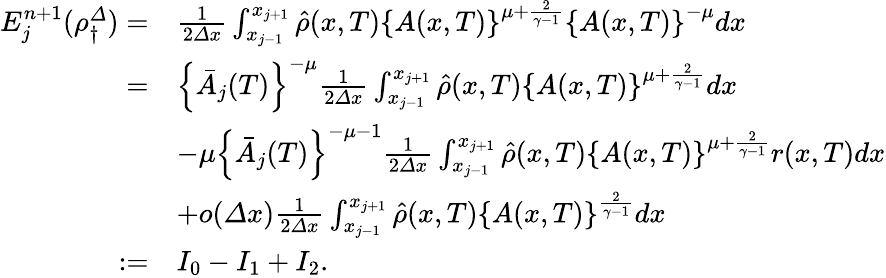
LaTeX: \begin{array}{rl}{E_{j}^{n+1}(\rho_{\dagger}^{\varDelta})=}&{\frac 1{2{\varDelta}x}\int_{x_{j-1}}^{x_{j+1}}\hat{\rho}(x,T)\left\{ A(x,T)\right\} ^{\mu+\frac{2}{\gamma-1}}\left\{ A(x,T)\right\} ^{-\mu}dx}\\ {=}&{\left\{ \bar{A}_{j}(T)\right\} ^{-\mu}\frac 1{2{\varDelta}x}\int_{x_{j-1}}^{x_{j+1}}\hat{\rho}(x,T)\left\{ A(x,T)\right\} ^{\mu+\frac{2}{\gamma-1}}dx}\\ &{-\mu\left\{ \bar{A}_{j}(T)\right\} ^{-\mu-1}\frac 1{2{\varDelta}x}\int_{x_{j-1}}^{x_{j+1}}\hat{\rho}(x,T)\left\{ A(x,T)\right\} ^{\mu+\frac{2}{\gamma-1}}r(x,T)dx}\\ &{+o({\varDelta}x)\frac 1{2{\varDelta}x}\int_{x_{j-1}}^{x_{j+1}}\hat{\rho}(x,T)\left\{ A(x,T)\right\} ^{\frac{2}{\gamma-1}}dx}\\ {:=}&{I_{0}-I_{1}+I_{2}.}\end{array}